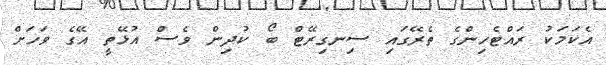
އެކަމަކު ރައްޓެހިންގެ ތެރޭގައި ސިނގިރޭޓް ބޯ ކުދިން ވެސް އުޅޭތީ އޭގެ ވަހަށް